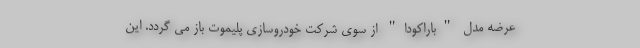
عرضه مدل "باراکودا" از سوی شرکت خودروسازی پلیموت باز می گردد. این